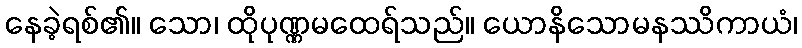
နေခဲ့ရစ်၏။ သော၊ ထိုပုဏ္ဏမထေရ်သည်။ ယောနိသောမနဿိကာယံ၊